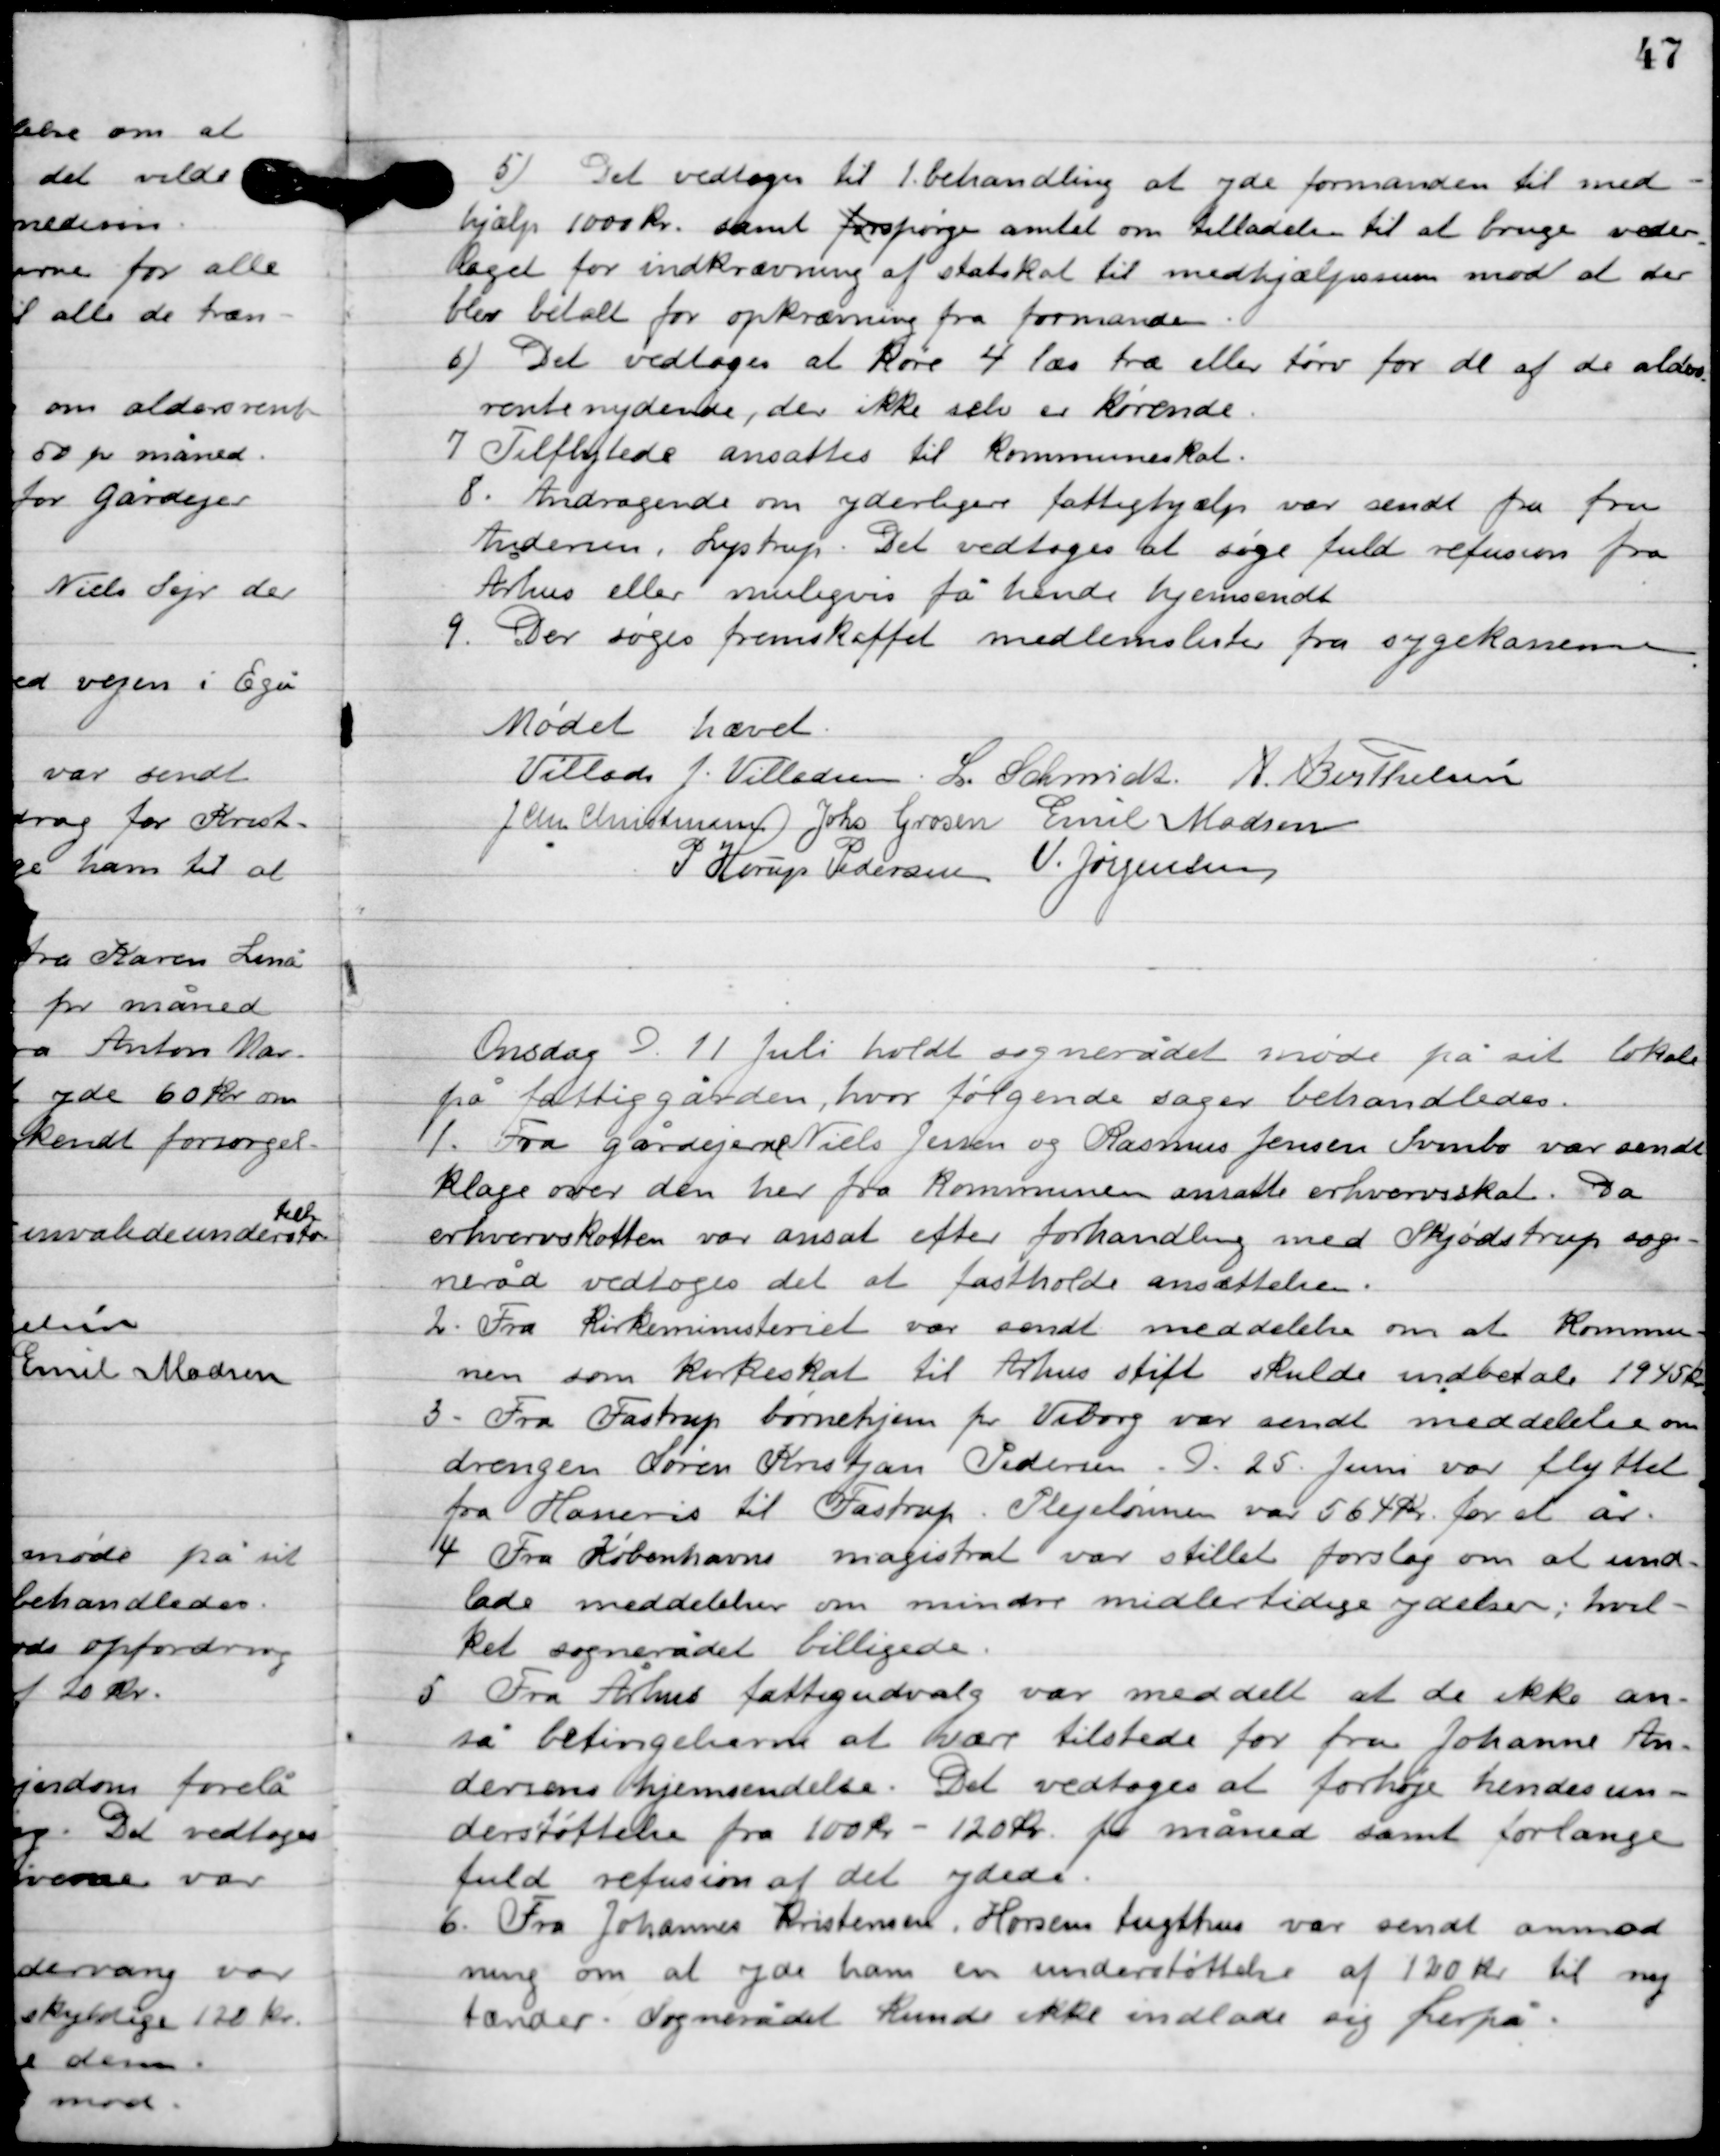
Transskription:
5

Det vedtoges til 1. behandling at yde formanden til med
hjælp 1000 kr. samt spørge amtet om vederlaget til at bruge veder-
laget for indkrævning af statsskat til medhjælperum mod at der
blev betalt for opkrævning fra formanden.

6

Det vedtoges at køre 4 læs træ eller tørv for de af de alders-
renteydende, der ikke selv er kørende.

7

Tilflyttede ansattes til kommuneskat.

8

Andragende om yderligere fattighjælp var sendt fra fru
Andersen, Lystrup. Det vedtoges at søge fuld refusion fra
Århus eller muligvis få hende hjemsendt.

9

Der sørges fremskaffet medlemslister fra sygekassen.

Mødet hævet

Villads J. Villadsen
L. Schmidt
A. Berthelsen
J. Chr. Christensen
Johs. Grosen
Emil Madsen
I. Horup Pedersen
V. Jørgensen

Onsdag D. 11. Juli holdt sognerådet møde på sit lokale
på fattiggården, hvor følgende sager behandledes.

1

Fra gårdejere Niels Jensen og Rasmus Jensen Svinbo var sendt 
klage over den her fra kommunen ansatte erhvervsskat. Da 
erhvervsskatten var ansat efter forhandling med Skjødstrup sogne-
råd vedtoges det at fastholde ansættelsen.

2

Fra Kirkeministeriet var sendt meddelelse om at Kommu-
nen som kirkeskat til Århus stift skulde indbetale 1945 kr.

3

Fra Fastrup børnehjem pr. Viborg var sendt meddelelse om
drengen Søren Kristjan Pedersen. D. 25. Juni var flyttet
fra Haneris til Fastrup. Plejelønnen var 564 kr. for et år.

4

Fra Københavns magistrat var stillet forslag om at und-
lade meddelelser om mindre midlertidige ydelser i hvil-
ket sognerådet bevilligede.

5

Fra Århus fattigudvalg var meddel at de ikke an-
så betingelserne at være tilstede for fra Johanne An-
dersens hjemsendelse. Det vedtoges at forhøje hendes un-
derstøttelse fra 100 kr.-120 kr. pr. måned samt forlange
fuld refusion af det ydede.

6

Fra Johannes Kristensen, Horsens tugthus var sendt anmod-
ning om at yde ham en understøttelse af 130 kr. til ny
 tænder. Sognerådet kunde ikke indlade sig herpå.